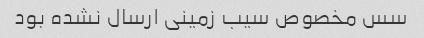
سس مخصوص سیب زمینی ارسال نشده بود